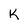
Character: K